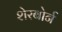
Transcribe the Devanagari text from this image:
शेरबोर्न